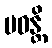
ပဝန္တိ